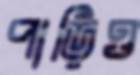
পাড়িও